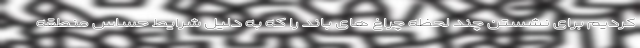
کردیم برای نشستن چند لحظه چراغ های باند را که به دلیل شرایط حساس منطقه